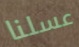
عسلنا